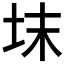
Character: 𡊉